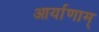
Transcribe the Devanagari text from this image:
आर्याणाम्